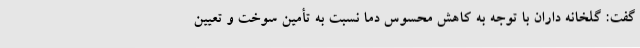
گفت: گلخانه داران با توجه به کاهش محسوس دما نسبت به تأمین سوخت و تعیین